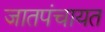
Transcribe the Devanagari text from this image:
जातपंचायत